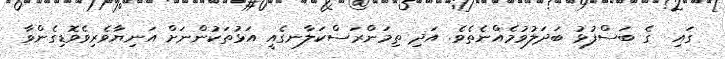
ގައި  ގެ ބަސްފުޅު ބަދަލުވުމެއްނެތެވެ. އަދި ތިމަންރަސްކަލާނގެއީ އަޅުތަކުންނަށް އަނިޔާވެރިވެވޮޑިގެންވާ